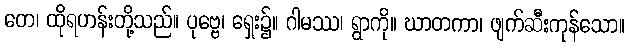
တေ၊ ထိုရဟန်းတို့သည်။ ပုဗ္ဗေ၊ ရှေး၌။ ဂါမဿ၊ ရွာကို။ ဃာတကာ၊ ဖျက်ဆီးကုန်သော။